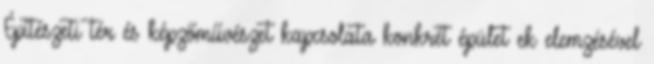
Építészeti tér és képzőművészet kapcsolata konkrét épület ek elemzésével